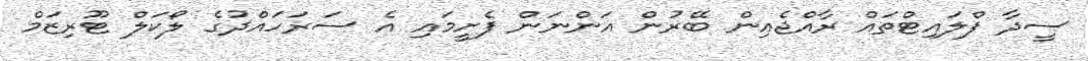
ސީދާ ފްލައިޓްތައް ރާއްޖެއިން ބޭރުން އަންނަން ފެށީމައި އެ ސަރަހައްދުގެ ލޯކަލް ޓޫރިޒަމް